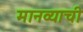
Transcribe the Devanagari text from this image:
मानव्याची